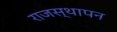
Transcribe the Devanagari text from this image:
राजस्थापन